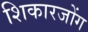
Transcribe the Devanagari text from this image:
शिकारजोंग